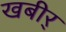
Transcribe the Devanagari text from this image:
खबीर्